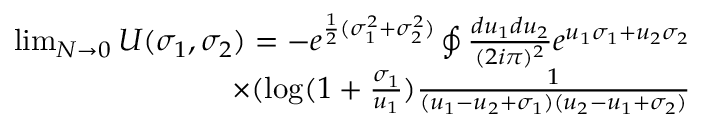
\begin{array} { r l r } & { } & { \operatorname* { l i m } _ { N \to 0 } U ( \sigma _ { 1 } , \sigma _ { 2 } ) = - e ^ { \frac { 1 } { 2 } ( \sigma _ { 1 } ^ { 2 } + \sigma _ { 2 } ^ { 2 } ) } \oint \frac { d u _ { 1 } d u _ { 2 } } { ( 2 i \pi ) ^ { 2 } } e ^ { u _ { 1 } \sigma _ { 1 } + u _ { 2 } \sigma _ { 2 } } } \\ & { } & { \times ( \mathrm { l o g } ( 1 + \frac { \sigma _ { 1 } } { u _ { 1 } } ) \frac { 1 } { ( u _ { 1 } - u _ { 2 } + \sigma _ { 1 } ) ( u _ { 2 } - u _ { 1 } + \sigma _ { 2 } ) } } \end{array}